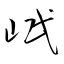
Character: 岷